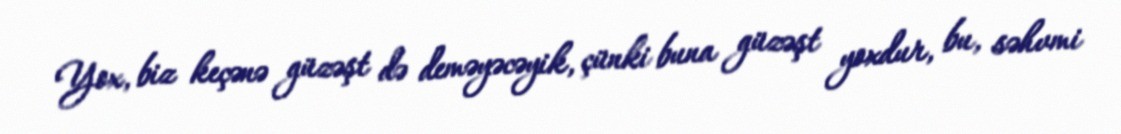
Yox, biz keçənə güzəşt də deməyəcəyik, çünki buna güzəşt yoxdur, bu, səhvmi